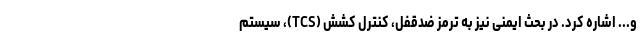
و... اشاره کرد. در بحث ایمنی نیز به ترمز ضدقفل، کنترل کشش (TCS)، سیستم